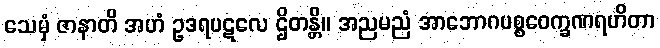
သေမှံ ဇာနာတိ အဟံ ဥဒရပဋလေ ဌိတန္တိ။ အညမညံ အာဘောဂပစ္စဝေက္ခဏရဟိတာ